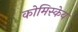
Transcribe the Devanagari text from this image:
कोमिस्केय